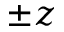
\pm z